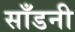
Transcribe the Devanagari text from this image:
साँडनी